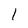
Character: 1